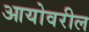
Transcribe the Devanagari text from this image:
आयोवरील